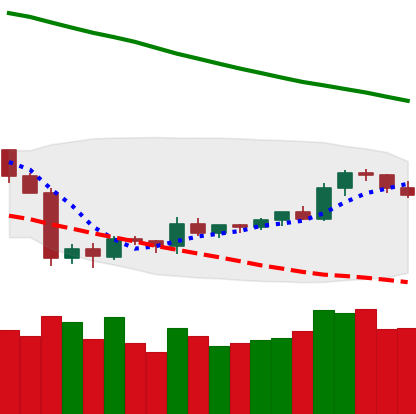
Ticker: TRX-USD
Chart end date: 2019-10-11
Forward return: -4.414%
Label: down_3_5